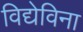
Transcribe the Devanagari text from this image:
विद्येविना